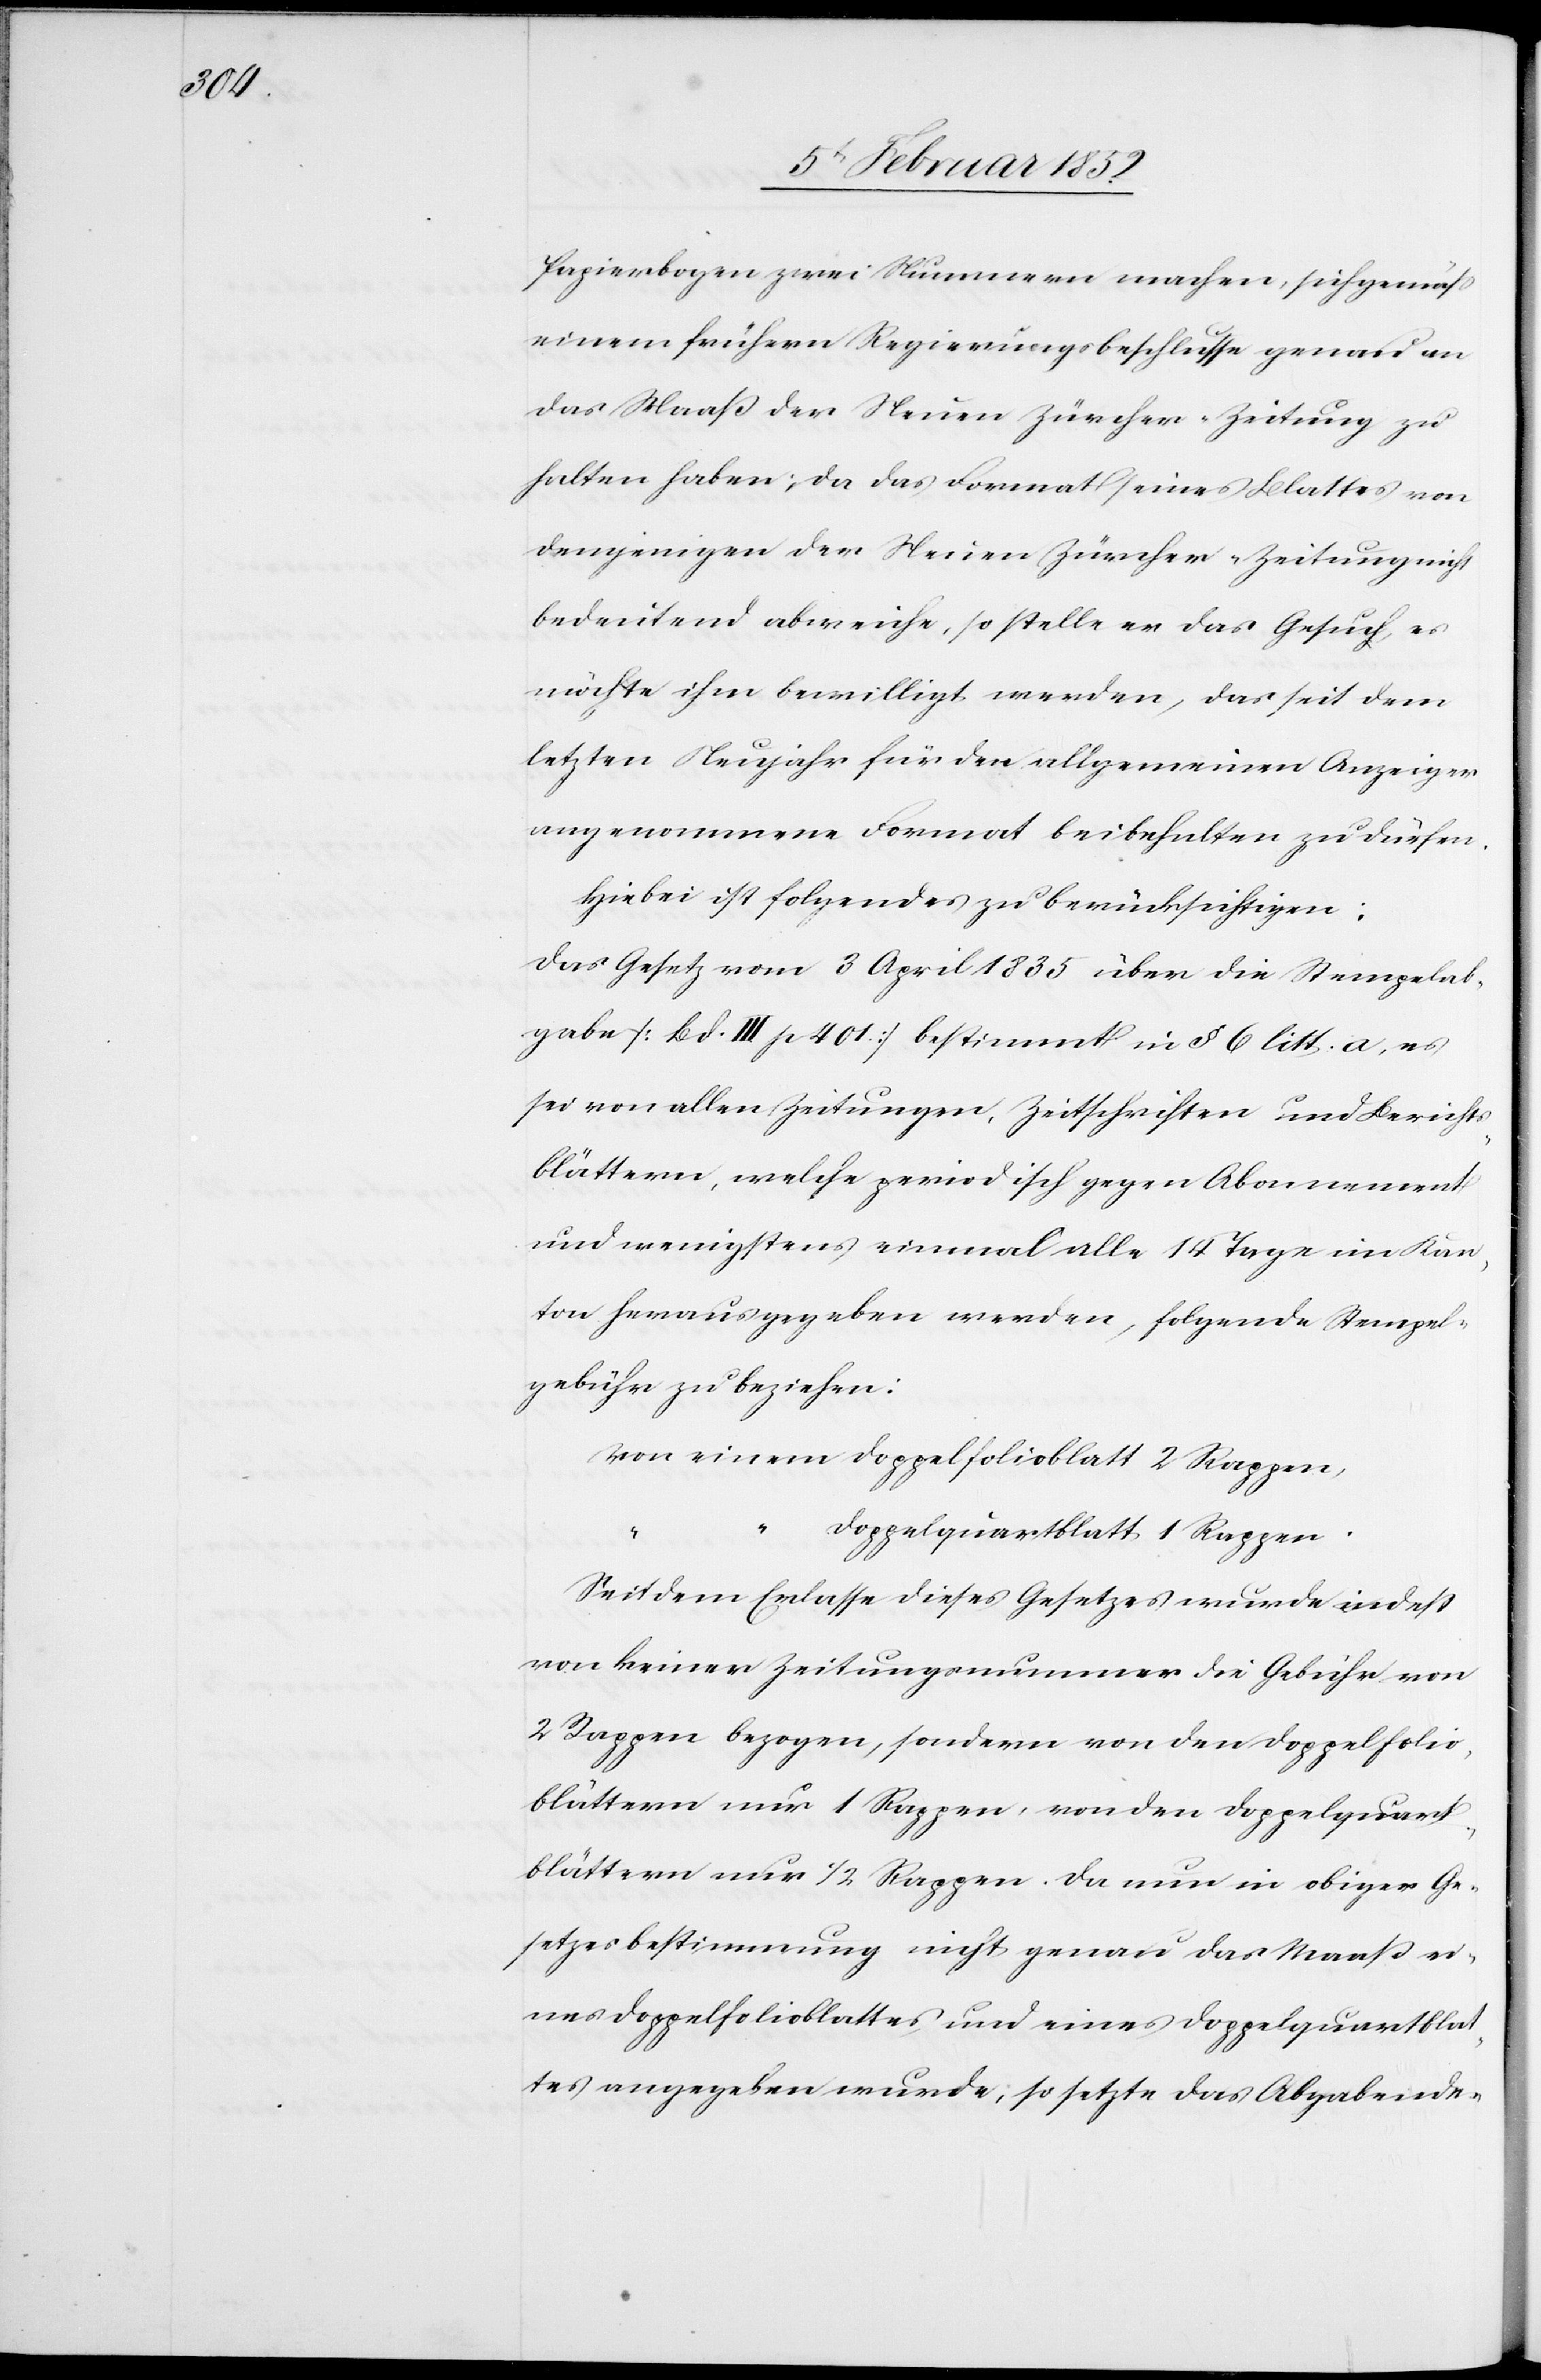
Papierbogen zwei Nummern machen, sich gemäß
einem frühern Regierungsbeschlusse genau an
das Maaß der Neuen Zürcher-Zeitung zu
halten haben, da das Format seines Blattes von
demjenigen der Neuen Zürcher-Zeitung nicht
bedeutend abweiche, so stelle er das Gesuch, es
möchte ihm bewilligt werden, das seit dem
letzten Neujahr für den allgemeinen Anzeiger
angenommene Format beibehalten zu dürfen.
Hiebei ist folgendes zu berücksichtigen.
Das Gesetz vom 3 April 1825 über die Stempelab¬
gaben [Bd. III p 401] bestimmt in § 6 litt. a, es
sei von allen Zeitungen, Zeitschriften und Berichts¬
blättern, welche periodisch gegen Abonnement
und wenigstens einmal alle 14 Tage im Kan¬
ton herausgegeben werden, folgende Stempel¬
gebühr zu beziehen:
Von einem Doppelfolioblatt 2 Rappen,
“
Doppelquartblatt 1 Rappen.
Seit dem Erlasse dieses Gesetzes wurde indeß
von keiner Zeitungsnummer die Gebühr von
2 Rappen bezogen, sondern von den Doppelfolio¬
blättern nur 1 Rappen, von den Doppelquart¬
blättern nur 1/2 Rappen. Da nun in obiger Ge¬
setzesbestimmung nicht genau das Maaß ei¬
nes Doppelfolioblattes und eines Doppelquartblat¬
tes angegeben wurde, so setzte das Abgabende-